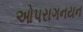
ઓપરાગનયન